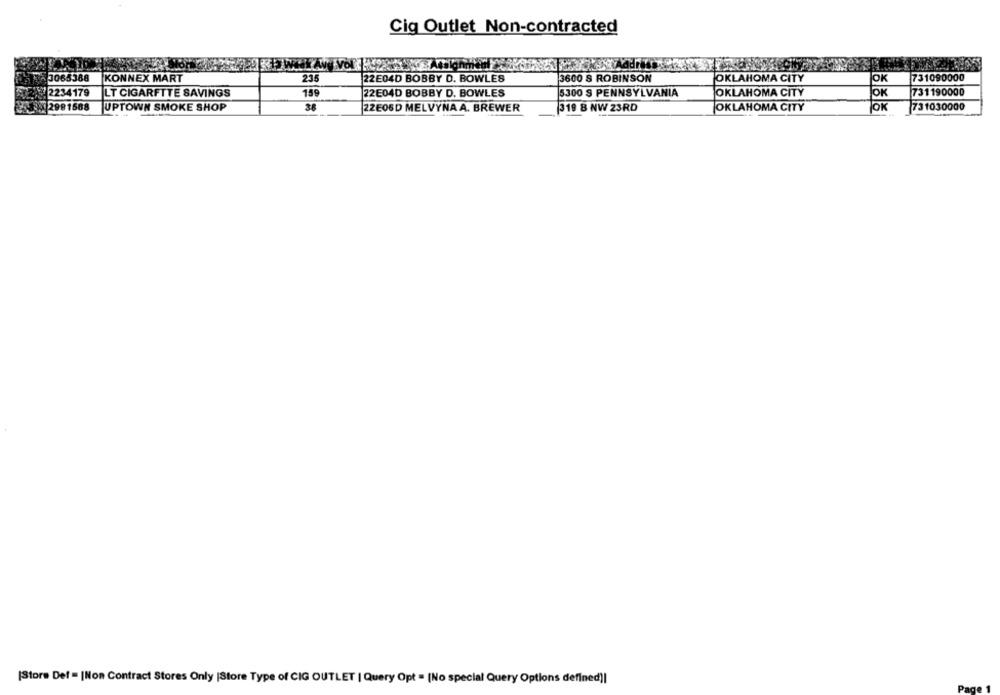
Cig Outlet Non-contracted
235
3600 S ROBINSON
731090000
3065388
KONNEX MART
22E04D BOBBY D. BOWLES
OKLAHOMA CITY
JOK
2234179
LT CIGARFTTE SAVINGS
159
22E04D BOBBY D. BOWLES
5300 S PENNSYLVANIA
OKLAHOMA CITY
JOK
731190000
95: 2981588
UPTOWN SMOKE SHOP
38
22E06D MELVYNA A. BREWER
319 B NW 23RD
OKLAHOMA CITY
JOK
731030000
[Store Def = |Non Contract Stores Only |Store Type of CIG OUTLET | Query Opt = [No special Query Options defined)|